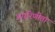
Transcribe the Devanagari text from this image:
अपरिणीता